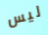
ليس